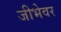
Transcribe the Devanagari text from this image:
जीभेवर